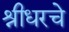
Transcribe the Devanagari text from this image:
श्रीधरचे